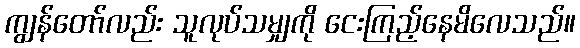
ကျွန်တော်လည်း သူလုပ်သမျှကို ငေးကြည့်နေမိလေသည်။